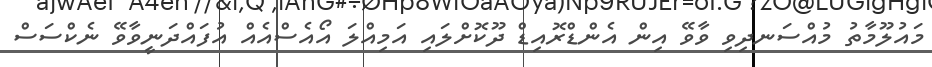
މައުލޫމާތު މުއްސަނދިވި ވާވޭ އިން އެންޑްރޮއިޑް ދޫކޮށްލައި އަމިއްލަ އޯއެސްއެއް އުފައްދަނީވާވޭ ނެކްސަސް